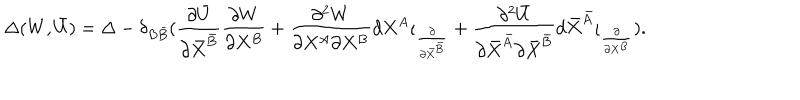
LaTeX: \Delta ( W , \bar { U } ) = \Delta - \delta _ { B \bar { B } } ( \frac { \partial \bar { U } } { \partial \bar { X } ^ { \bar { B } } } \frac { \partial W } { \partial X ^ { B } } + \frac { \partial ^ { 2 } W } { \partial X ^ { A } \partial X ^ { B } } d X ^ { A } \iota _ { \frac { \partial } { \partial \bar { X } ^ { \bar { B } } } } + \frac { \partial ^ { 2 } \bar { U } } { \partial \bar { X } ^ { \bar { A } } \partial \bar { X } ^ { \bar { B } } } d \bar { X } ^ { \bar { A } } \iota _ { \frac { \partial } { \partial X ^ { B } } } ) .